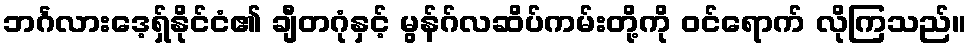
ဘင်္ဂလားဒေ့ရှ်နိုင်ငံ၏ ချီတဂုံနှင့် မွန်ဂ်လဆိပ်ကမ်းတို့ကို ဝင်ရောက် လိုကြသည်။